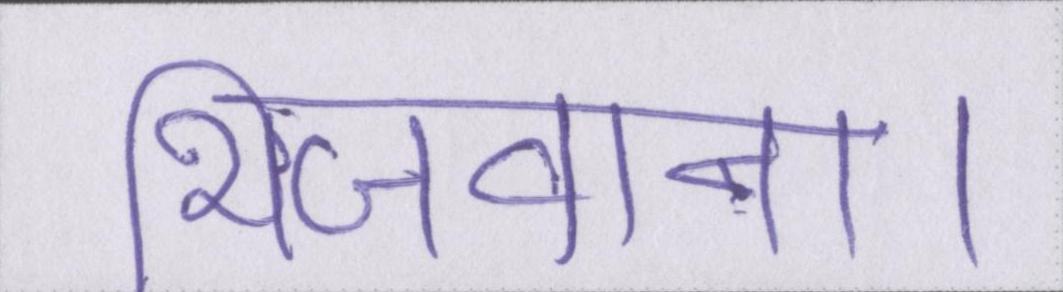
भिजवाना।